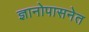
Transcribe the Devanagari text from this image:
ज्ञानोपासनेत